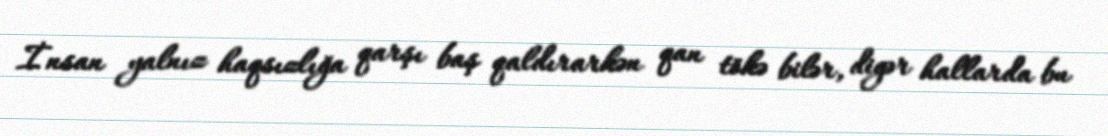
İnsan yalnız haqsızlığa qarşı baş qaldırarkən qan tökə bilər, digər hallarda bu